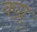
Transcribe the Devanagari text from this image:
क्ग्र्